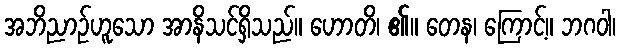
အဘိညာဉ်ဟူသော အာနိသင်ရှိသည်။ ဟောတိ၊ ၏။ တေန၊ ကြောင့်။ ဘဂဝါ၊